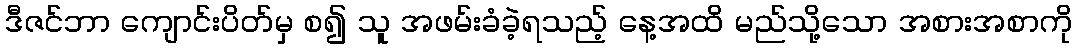
ဒီဇင်ဘာ ကျောင်းပိတ်မှ စ၍ သူ အဖမ်းခံခဲ့ရသည့် နေ့အထိ မည်သို့သော အစားအစာကို